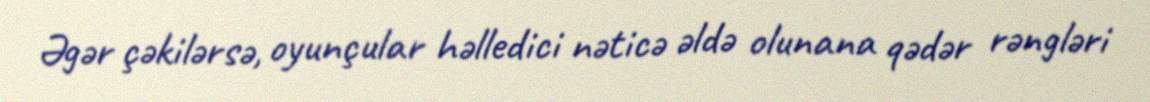
Əgər çəkilərsə, oyunçular həlledici nəticə əldə olunana qədər rəngləri